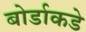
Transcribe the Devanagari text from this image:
बोर्डाकडे